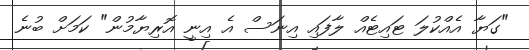
"ގަޔާ އެއްކުލަ ޓައިޓެއް ލާފައި އިނަސް އެ އިނީ އޮރިޔާމުން" ކަމަށް ބުނެ